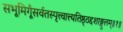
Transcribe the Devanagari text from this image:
सभूमिगूँसर्वतस्पृत्त्वात्त्यतिष्ठ्ठद्दशाङ्गुलम्॥१॥